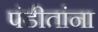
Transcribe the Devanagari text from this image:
पंडीतांना